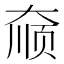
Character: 𫯮